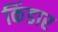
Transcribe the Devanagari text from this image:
किंडार